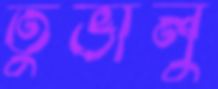
তুভালু